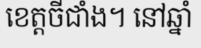
ខេត្តចីជាំង។ នៅឆ្នាំ